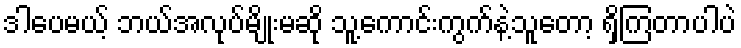
ဒါပေမယ့် ဘယ်အလုပ်မျိုးမဆို သူ့ကောင်းကွက်နဲ့သူတော့ ရှိကြတာပါပဲ